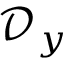
\mathcal { D } _ { y }